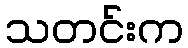
သတင်းက